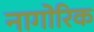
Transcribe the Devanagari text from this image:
नागोरिक